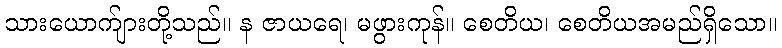
သားယောက်ျားတို့သည်။ န ဇာယရေ၊ မဖွားကုန်။ စေတိယ၊ စေတိယအမည်ရှိသော။